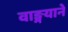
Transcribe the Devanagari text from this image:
वाङ्मयाने